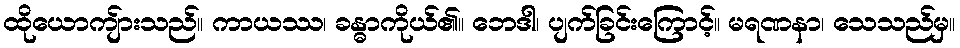
ထိုယောကျ်ားသည်။ ကာယဿ၊ ခန္ဓာကိုယ်၏။ ဘေဒါ၊ ပျက်ခြင်းကြောင့်။ မရဏနာ၊ သေသည်မှ။